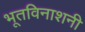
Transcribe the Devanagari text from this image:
भूतविनाशनी